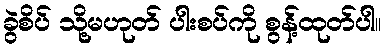
ခွဲစိပ် သို့မဟုတ် ပါးစပ်ကို စွန့်ထုတ်ပါ။